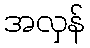
အလှန်